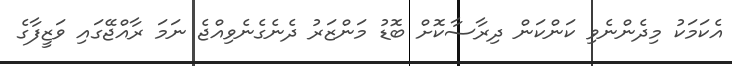
އެކަމަކު މިދެންނެވި ކަންކަން ދިރާސާކޮށް ބޮޑު މަންޒަރު ދެނެގެނެވިއްޖެ ނަމަ ރާއްޖޭގައި ވަޒީފާގެ